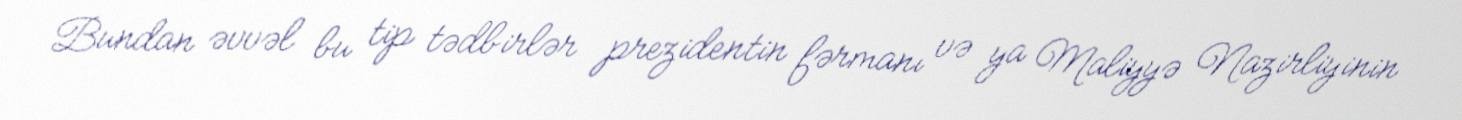
Bundan əvvəl bu tip tədbirlər prezidentin fərmanı və ya Maliyyə Nazirliyinin